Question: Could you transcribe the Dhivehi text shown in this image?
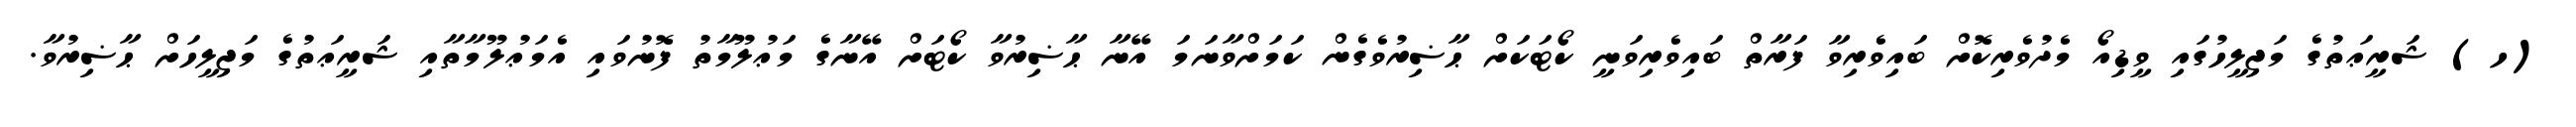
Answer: (ހ) ޝަރީޢަތުގެ މަޖިލީހުގައި ވީޑިއޯ މެދުވެރިކޮށް ބައިވެރިވާ ފަރާތް ބައިވެރިވަނީ ކޯޓަކަށް ޙާޟިރުވެގެން ކަމަށްވާނަމަ އޭނާ ޙާޟިރުވާ ކޯޓަށް އޭނާގެ މަޢުލޫމާތު ފޮނުވައި އެމަޢުލޫމާތާއި ޝަރީޢަތުގެ މަޖިލީހަށް ޙާޟިރުވާ.